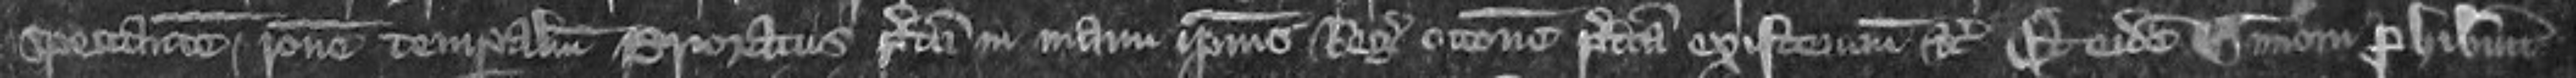
spectantem rationem temporalium Prioratus predicti in manu ipsius Regis occasione predictam existencium etc Et eidem Simonem prohibuitur